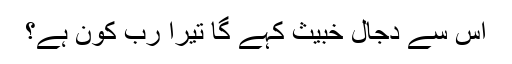
اس سے دجال خبیث کہے گا تیرا رب کون ہے؟